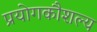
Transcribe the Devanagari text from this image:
प्रयोगकौशल्य